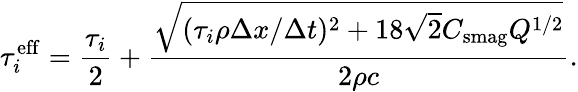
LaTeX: \tau_{i}^{\mathrm{eff}}=\frac{\tau_{i}}{2}+\frac{\sqrt{(\tau_{i}\rho\Delta x/\Delta t)^{2}+18\sqrt{2}C_{\mathrm{smag}}Q^{1/2}}}{2\rho c}.